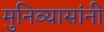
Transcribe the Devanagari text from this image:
मुनिव्यासांनी